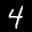
Label: 4